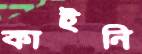
কাইনি